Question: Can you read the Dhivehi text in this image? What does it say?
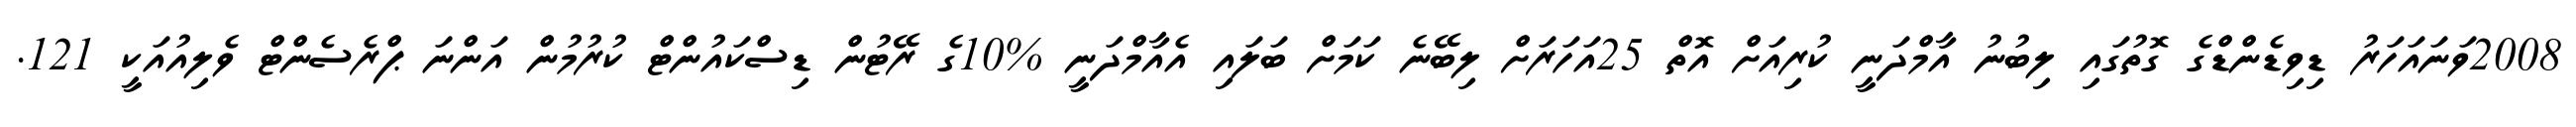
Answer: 2008ވަނައަހަރު ޑިވިޑެންޑްގެ ގޮތުގައި ލިބުނު އާމްދަނީ ކުރިއަށް އޮތް 25އަހަރަށް ލިބޭނެ ކަމަށް ބަލައި އެއާމްދަނީ %10ގެ ރޭޓުން ޑިސްކައުންޓް ކުރުމުން އަންނަ ޕްރެސެންޓް ވެލިއުއަކީ 121.